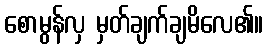
စောမွန်လှ မှတ်ချက်ချမိလေ၏။